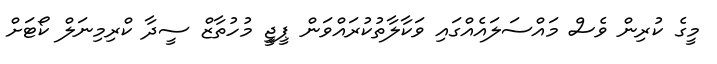
މީގެ ކުރިން ވެސް މައްސަލައެއްގައި ވަކާލާތުކުރައްވަން ޕީޖީި މުހުތާޒް ސީދާ ކްރިމިނަލް ކޯޓަށް